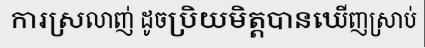
ការស្រលាញ់ ដូចប្រិយមិត្តបានឃើញស្រាប់